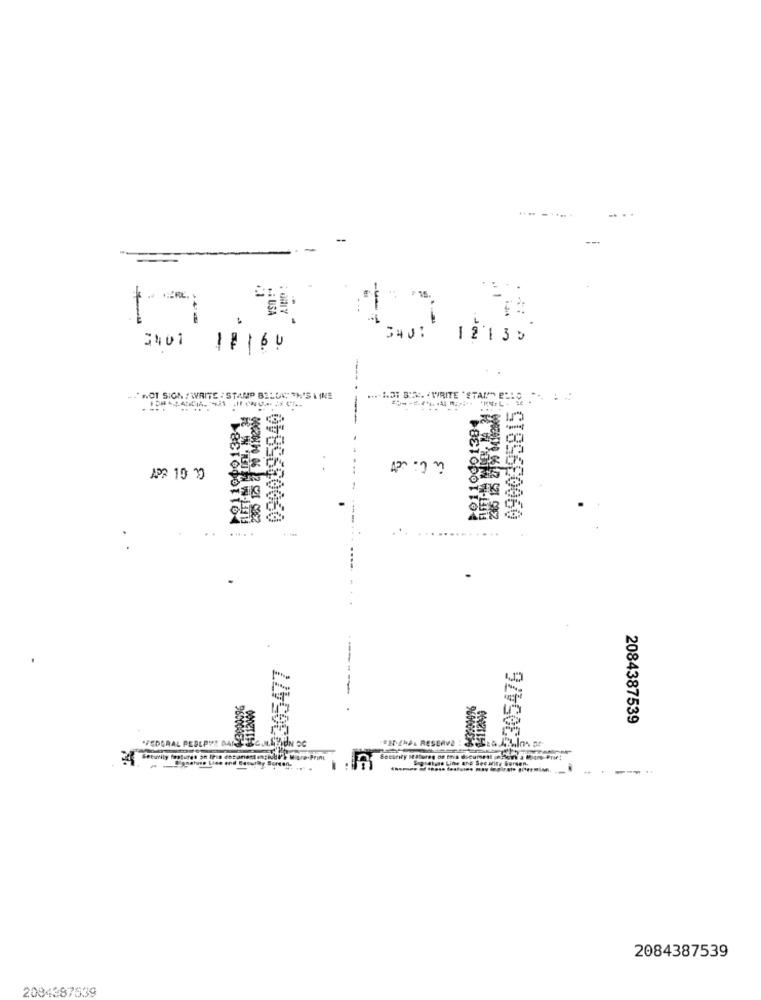
=
+15.
USA
3401
3401
12135
11164
.. NOT SIGN : WRITE : STAMP BELOW THIS I INE
.... 2.31 B.C. "WRITE "STAR" BLIC .
0900095840
12110001384
189680060
.....
....
£305477
2305476
2084387539
"FEDERAL PESEPYR GARLICC.A.C.
EX-ZAAL RESERVE
gehe Lise and Security Soreen.
Security Matureg of this ducumest nihGTY a Micro Print
Signatgas Line and Security Gersen.
2084387539
2084387539